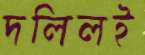
দলিলই